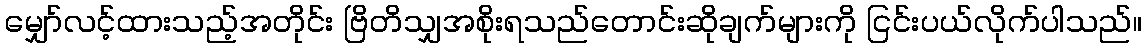
မျှော်လင့်ထားသည့်အတိုင်း ဗြိတိသျှအစိုးရသည်တောင်းဆိုချက်များကို ငြင်းပယ်လိုက်ပါသည်။